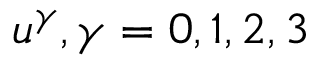
u ^ { \gamma } , \gamma = 0 , 1 , 2 , 3